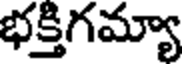
భక్తిగమ్యా